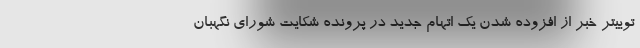
توییتر خبر از افزوده شدن یک اتهام جدید در پرونده شکایت شورای نگهبان